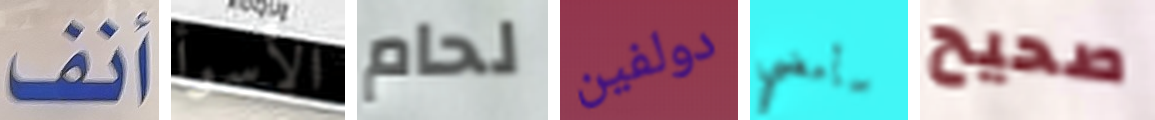
أنف الأسوأ لحام دولفين سأمضي صحيح